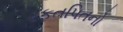
રફતપિતનો